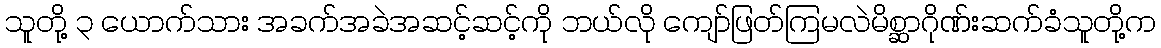
သူတို့ ၃ ယောက်သား အခက်အခဲအဆင့်ဆင့်ကို ဘယ်လို ကျော်ဖြတ်ကြမလဲမိစ္ဆာဂိုဏ်းဆက်ခံသူတို့က